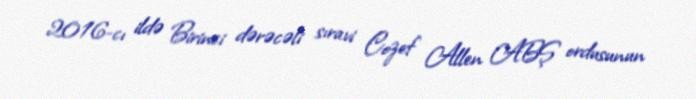
2016-cı ildə Birinci dərəcəli sıravi Cozef Allen ABŞ ordusunun